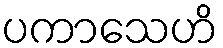
ပကာသေဟိ